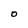
Character: O